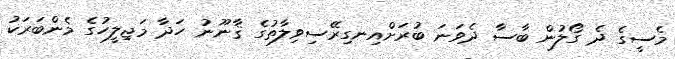
މެސީގެ ދެ ގޯލުން ބާސާ ދެވަނަ ބުރަށްއިނގިރޭސިވިލާތުގެ ޤާނޫނު ހަދާ މަޖިލީހުގެ މެންބަރަކު